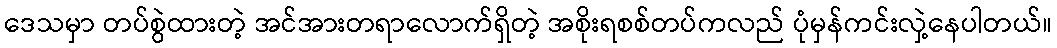
ဒေသမှာ တပ်စွဲထားတဲ့ အင်အားတရာလောက်ရှိတဲ့ အစိုးရစစ်တပ်ကလည် ပုံမှန်ကင်းလှဲ့နေပါတယ်။